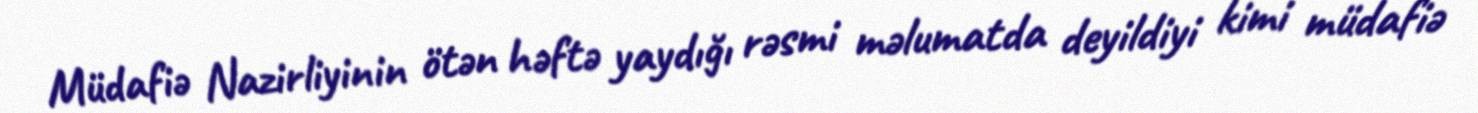
Müdafiə Nazirliyinin ötən həftə yaydığı rəsmi məlumatda deyildiyi kimi müdafiə